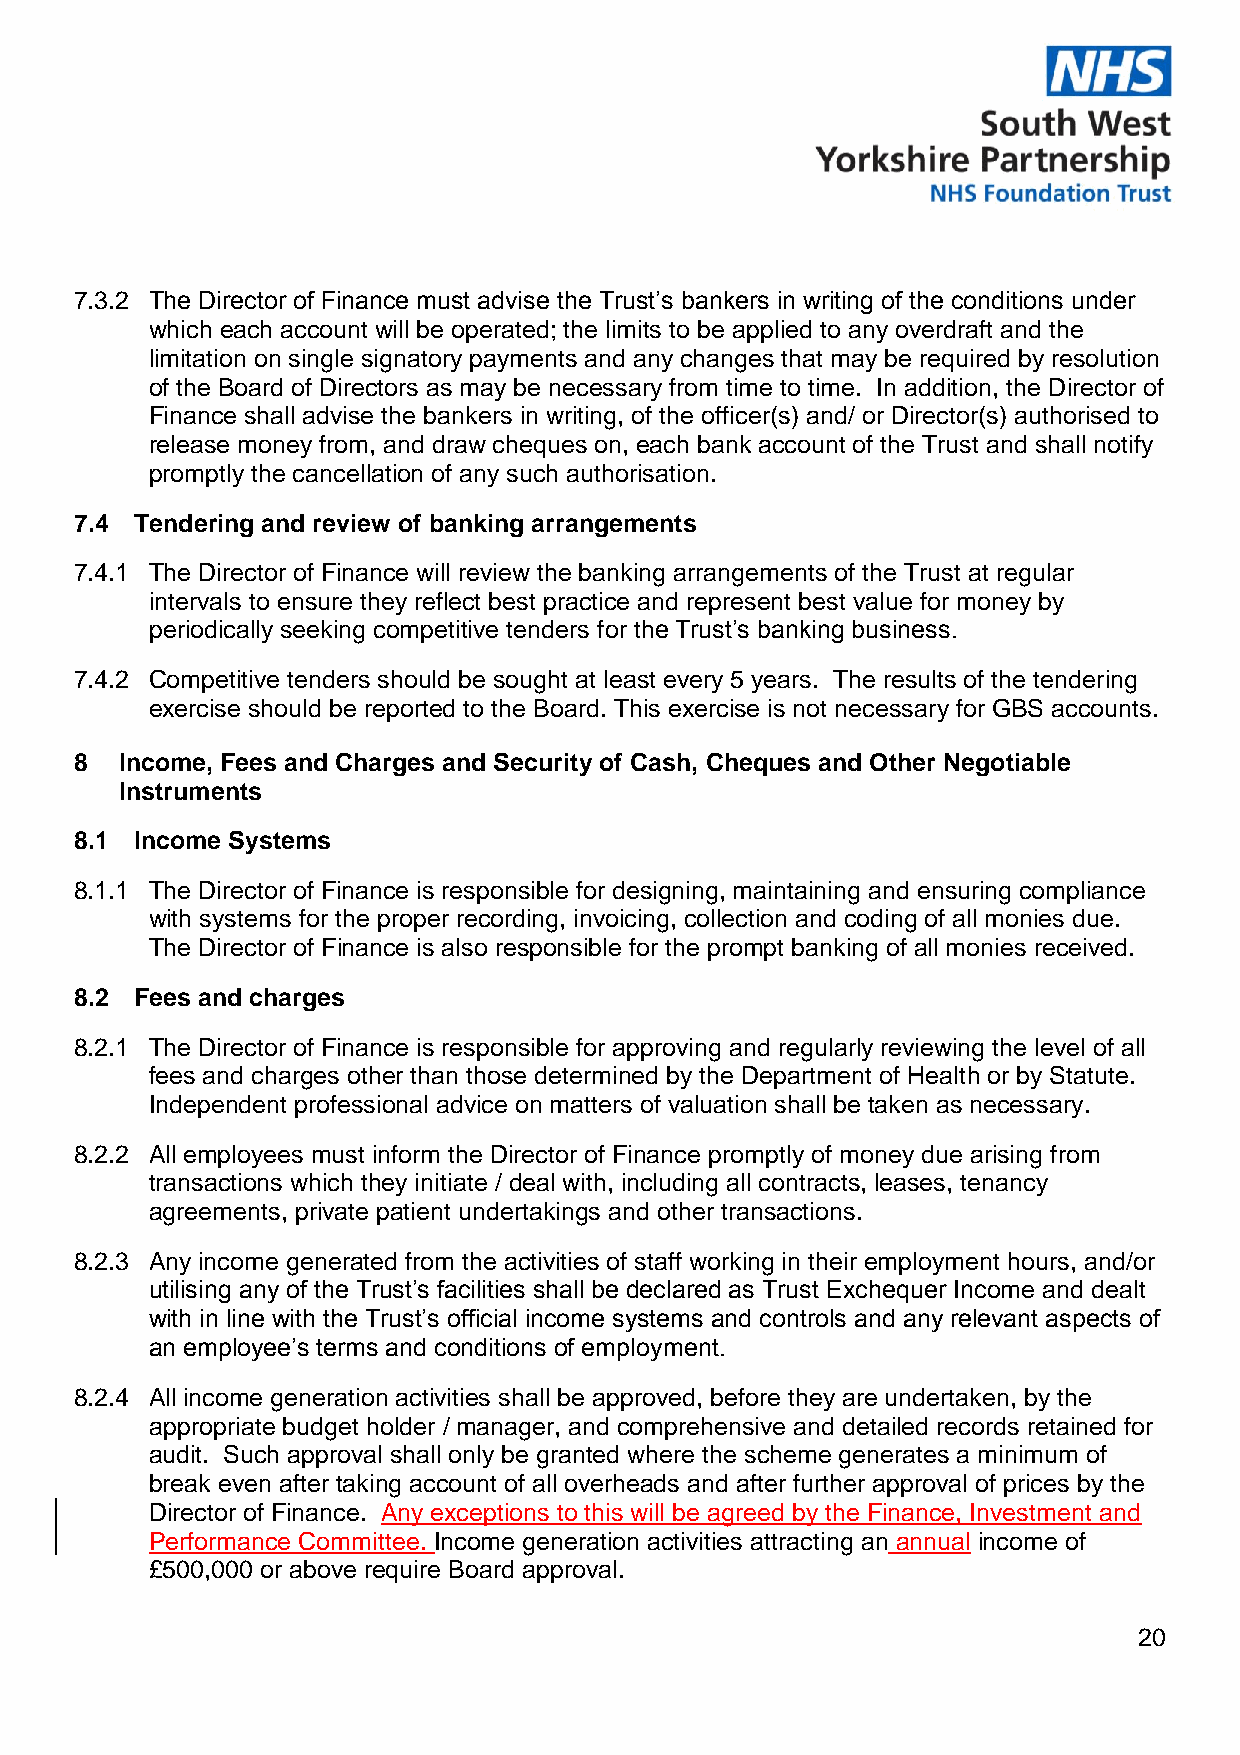
7.3.2 The Director of Finance must advise the Trust’s bankers in writing of the conditions under
 which each account will be operated; the limits to be applied to any overdraft and the
 limitation on single signatory payments and any changes that may be required by resolution
 of the Board of Directors as may be necessary from time to time. In addition, the Director of
 Finance shall advise the bankers in writing, of the officer(s) and/ or Director(s) authorised to
 release money from, and draw cheques on, each bank account of the Trust and shall notify
 promptly the cancellation of any such authorisation.
 7.4 Tendering and review of banking arrangements
 7.4.1 The Director of Finance will review the banking arrangements of the Trust at regular
 intervals to ensure they reflect best practice and represent best value for money by
 periodically seeking competitive tenders for the Trust’s banking business.
 7.4.2 Competitive tenders should be sought at least every 5 years. The results of the tendering
 exercise should be reported to the Board. This exercise is not necessary for GBS accounts.
 8  Income, Fees and Charges and Security of Cash, Cheques and Other Negotiable
 Instruments
 8.1 Income Systems
 8.1.1 The Director of Finance is responsible for designing, maintaining and ensuring compliance
 with systems for the proper recording, invoicing, collection and coding of all monies due.
 The Director of Finance is also responsible for the prompt banking of all monies received.
 8.2 Fees and charges
 8.2.1 The Director of Finance is responsible for approving and regularly reviewing the level of all
 fees and charges other than those determined by the Department of Health or by Statute.
 Independent professional advice on matters of valuation shall be taken as necessary.
 8.2.2 All employees must inform the Director of Finance promptly of money due arising from
 transactions which they initiate / deal with, including all contracts, leases, tenancy
 agreements, private patient undertakings and other transactions.
 8.2.3 Any income generated from the activities of staff working in their employment hours, and/or
 utilising any of the Trust’s facilities shall be declared as Trust Exchequer Income and dealt
 with in line with the Trust’s official income systems and controls and any relevant aspects of
 an employee’s terms and conditions of employment.
 8.2.4 All income generation activities shall be approved, before they are undertaken, by the
 appropriate budget holder / manager, and comprehensive and detailed records retained for
 audit. Such approval shall only be granted where the scheme generates a minimum of
 break even after taking account of all overheads and after further approval of prices by the
 Director of Finance. Any exceptions to this will be agreed by the Finance, Investment and
 Performance Committee. Income generation activities attracting an annual income of
 £500,000 or above require Board approval.
 20